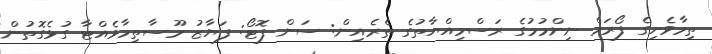
ތިމާވެށިގެ ފޯރަމް ނިންމުމުގެ ރަސްމިއްޔާތުގެ ތެރެއިން: ސަން ފޮޓޯ: ފަޔާޒު މޫސާތިމާވެއްޓާ ގުޅެގޮތުން